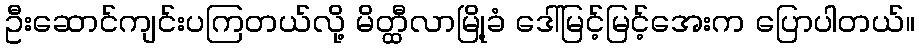
ဦးဆောင်ကျင်းပကြတယ်လို့ မိတ္ထီလာမြို့ခံ ဒေါ်မြင့်မြင့်အေးက ပြောပါတယ်။